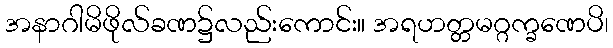
အနာဂါမိဖိုလ်ခဏ၌လည်းကောင်း။ အရဟတ္တမဂ္ဂက္ခဏေပိ၊